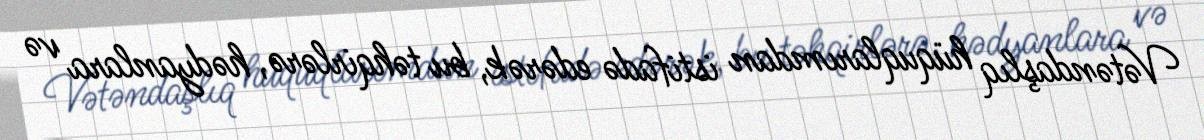
Vətəndaşlıq hüquqlarımdan istifadə edərək, bu təhqirlərə, hədyanlara və